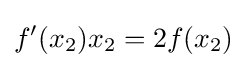
f'(x_{2})x_{2}=2f(x_{2})